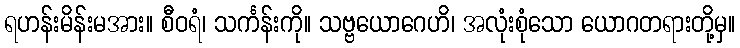
ရဟန်းမိန်းမအား။ စီဝရံ၊ သင်္ကန်းကို။ သဗ္ဗယောဂေဟိ၊ အလုံးစုံသော ယောဂတရားတို့မှ။